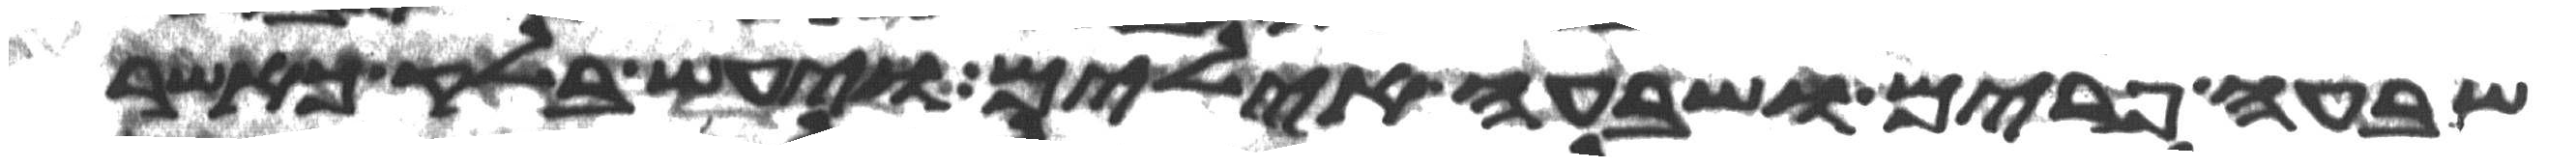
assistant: שבעה פרים ושבעה אילים ויעש בלק כאשר